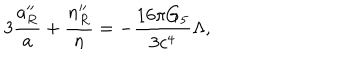
3 { \frac { a _ { R } ^ { \prime \prime } } { a } } + { \frac { n _ { R } ^ { \prime \prime } } { n } } = - { \frac { 1 6 \pi G _ { 5 } } { 3 c ^ { 4 } } } \Lambda ,